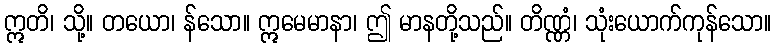
ဣတိ၊ သို့။ တယော၊ န်သော။ ဣမေမာနာ၊ ဤ မာနတို့သည်။ တိဏ္ဏံ၊ သုံးယောက်ကုန်သော။